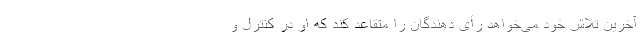
آخرین تلاش خود می‌خواهد رأی دهندگان را متقاعد کند که او در کنترل و